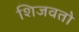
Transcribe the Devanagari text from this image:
शिजवतो